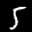
Label: 5